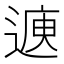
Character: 𮞳